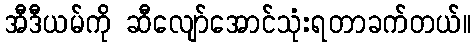
အီဒီယမ်ကို ဆီလျော်အောင်သုံးရတာခက်တယ်။